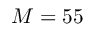
M = 5 5